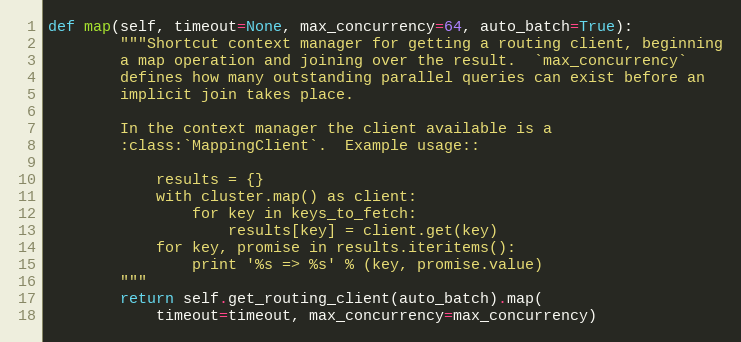
Language: Python
def map(self, timeout=None, max_concurrency=64, auto_batch=True):
        """Shortcut context manager for getting a routing client, beginning
        a map operation and joining over the result.  `max_concurrency`
        defines how many outstanding parallel queries can exist before an
        implicit join takes place.

        In the context manager the client available is a
        :class:`MappingClient`.  Example usage::

            results = {}
            with cluster.map() as client:
                for key in keys_to_fetch:
                    results[key] = client.get(key)
            for key, promise in results.iteritems():
                print '%s => %s' % (key, promise.value)
        """
        return self.get_routing_client(auto_batch).map(
            timeout=timeout, max_concurrency=max_concurrency)